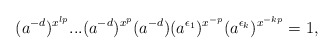
\begin{align*}(a^{-d})^{x^{lp}} ...(a^{-d})^{x^{p}}(a^{-d})(a^{\epsilon_1})^{x^{-p}}(a^{\epsilon_k})^{x^{-kp}} = 1,\end{align*}